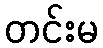
တင်းမ